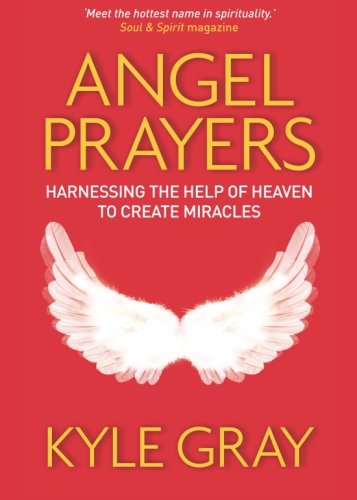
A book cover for Angel Prayers: Harnessing the Help of Heaven to Create Miracles; Kyle Gray; Religion & Spirituality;